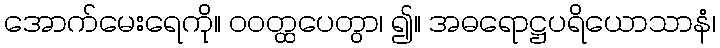
အောက်မေးရေကို။ ဝဝတ္ထပေတွာ၊ ၍။ အဓရောဋ္ဌပရိယောသာနံ၊